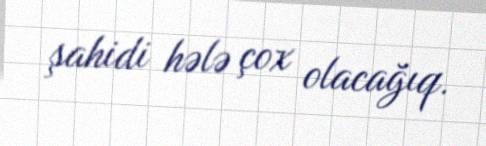
şahidi hələ çox olacağıq.